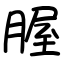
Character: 腛